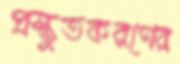
প্রস্তুতকরণের